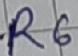
Text: R6